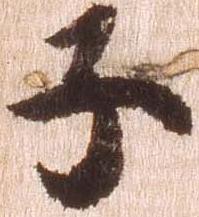
子